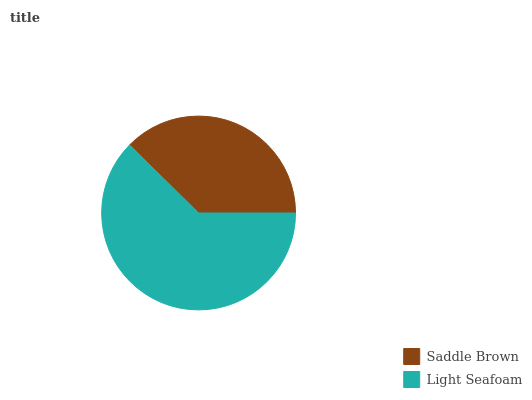
| Saddle Brown | Light Seafoam |
 | --- | --- |
 | 37.6% | 62.4% |